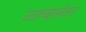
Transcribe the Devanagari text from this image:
उठाव्यानंतर